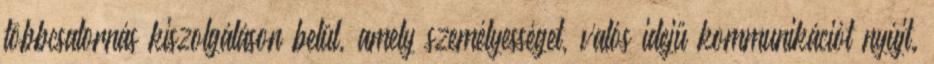
többcsatornás kiszolgáláson belül, amely személyességet, valós idejű kommunikációt nyújt.